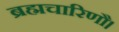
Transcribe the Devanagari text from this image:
ब्रह्मचारिणौ।